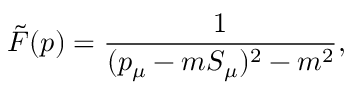
{ \tilde { \cal F } } ( p ) = \frac { 1 } { ( p _ { \mu } - m S _ { \mu } ) ^ { 2 } - m ^ { 2 } } ,